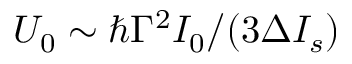
U _ { 0 } \sim \hbar \Gamma ^ { 2 } I _ { 0 } / ( 3 \Delta I _ { s } )